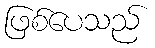
ဖြစ်ပေသည်